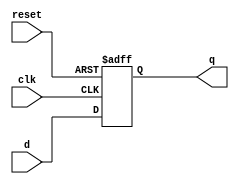
module flopr #(parameter WIDTH=8) (clk, reset, d, q);
  input clk, reset;
  input [WIDTH-1:0] d;
  output reg [WIDTH-1:0] q;
  
  always @ (posedge clk, posedge reset) begin
    if (reset)
      q <= 0;
    else
      q <= d;    
  end
  
endmodule